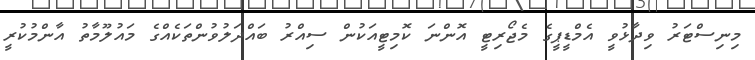
މިނިސްޓަރު ވިދާޅުވީ އެމްޑީޕީގެ މެޖޯރިޓީ އޮންނަ ކޮމިޓީއަކުން ސިއްރު ބައްދަލުވުންތަކެއްގެ މައުލޫމާތު އާންމުކުރީ